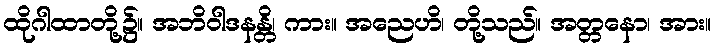
ထိုဂါထာတို့၌။ အဘိဝါဒနန္တိ၊ ကား။ အညေဟိ၊ တို့သည်။ အတ္တနော၊ အား။